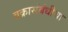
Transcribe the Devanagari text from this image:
वक्रासंबंधीचा